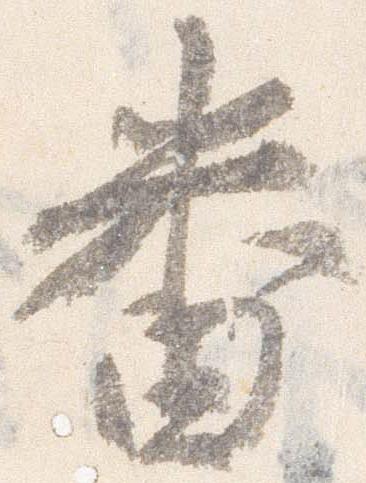
番